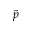
\tilde { p }